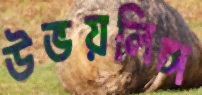
উভয়লিঙ্গ